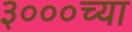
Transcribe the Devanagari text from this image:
३०००च्या